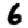
Digit: 6